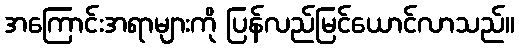
အကြောင်းအရာများကို ပြန်လည်မြင်ယောင်လာသည်။